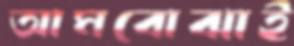
আমবোঝাই